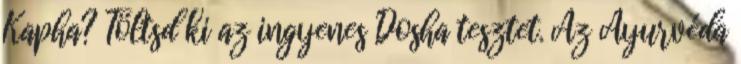
Kapha? Töltsd ki az ingyenes Dosha tesztet. Az Ayurvéda